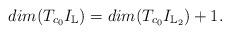
LaTeX: \begin{align*} dim( T_{c_0} I_{\mathbb L})=dim( T_{c_0}I_{\mathbb L_2})+1. \end{align*}